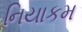
નિયાકમ